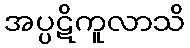
အပ္ပဋိကူလာသိ